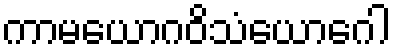
ကာမယောဂဝိသံယောဂေါ